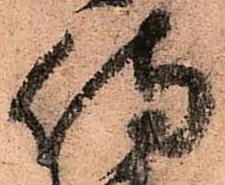
侍